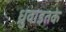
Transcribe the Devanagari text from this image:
ध्रुवाइतके